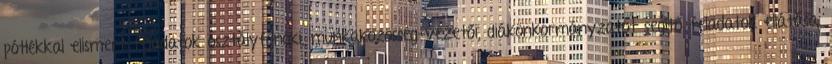
pótlékkal elismert feladatok osztályfőnöki, munkaközösség-vezetői, diákönkormányzatot segítő feladatok ellátása,